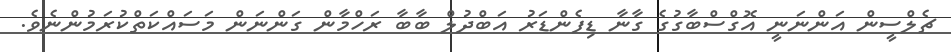
ޗެލްސީން އަންނަނީ އޮގްސްބާގުގެ ގާނާ ޑިފެންޑަރު އަބްދުލް ބާބާ ރަހްމާން ގަންނަން މަސައްކަތްކުރަމުންނެވެ.